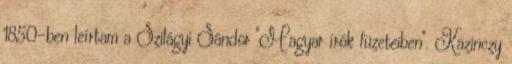
1850-ben leírtam a Szilágyi Sándor "Magyar írók füzeteiben". Kazinczy